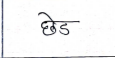
मजकूर: छेढ